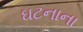
ઘટનાના